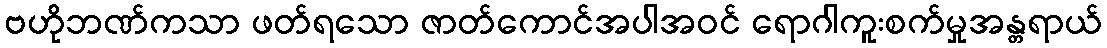
ဗဟိုဘဏ်ကသာ ဖတ်ရသော ဇာတ်ကောင်အပါအဝင် ရောဂါကူးစက်မှုအန္တရာယ်